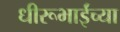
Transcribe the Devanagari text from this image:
धीरूभाईंच्या